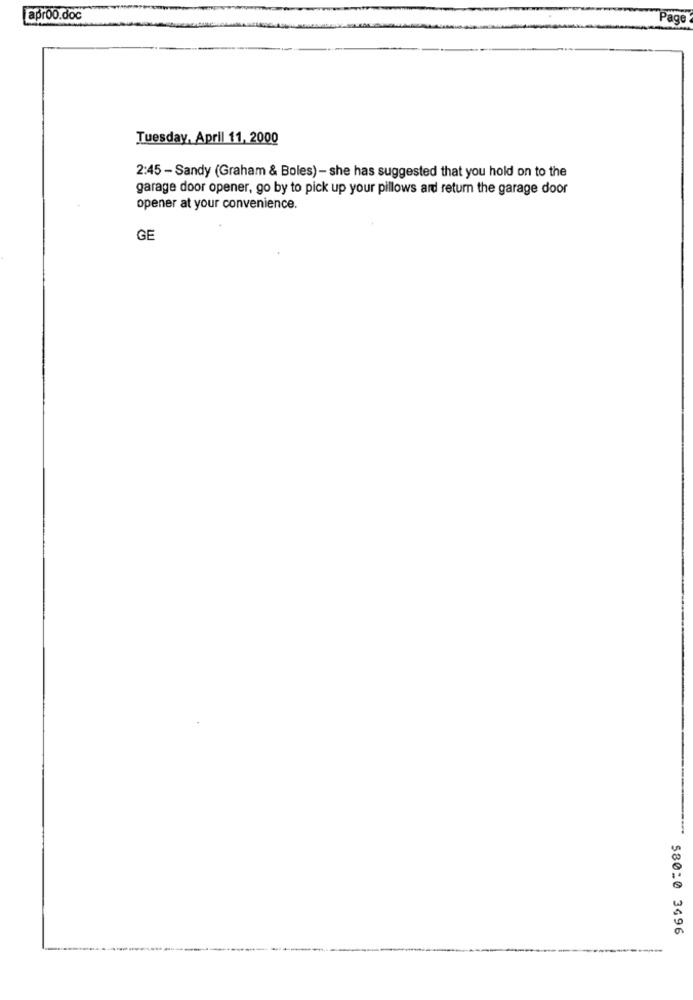
aproo.doc
Page
Tuesday, April 11, 2000
2:45 - Sandy (Graham & Boles) - she has suggested that you hold on to the
garage door opener, go by to pick up your pillows ard return the garage door
opener at your convenience.
GE
580:0 3496